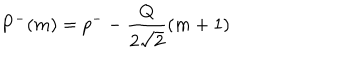
P ^ { - } ( m ) = p ^ { - } - \frac { Q } { 2 \sqrt { 2 } } ( m + 1 )